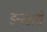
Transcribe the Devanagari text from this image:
इन्स्टारों